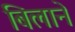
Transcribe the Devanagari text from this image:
बिलाने